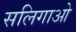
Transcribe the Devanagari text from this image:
सलिगाओ